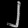
Digit: ၂